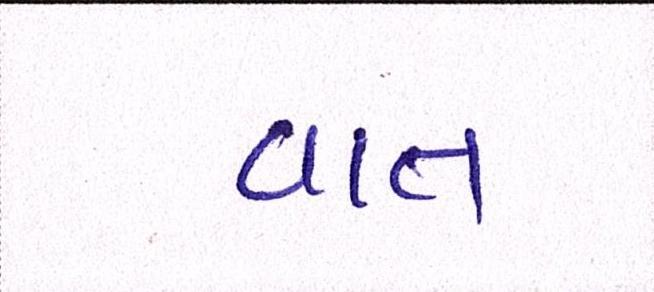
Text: વાત